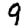
Digit: 9